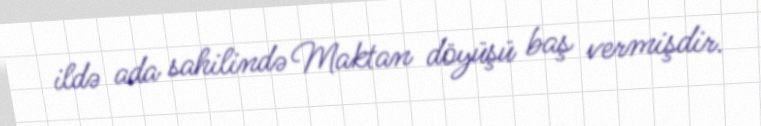
ildə ada sahilində Maktan döyüşü baş vermişdir.